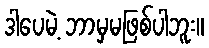
ဒါပေမဲ့ ဘာမှမဖြစ်ပါဘူး။